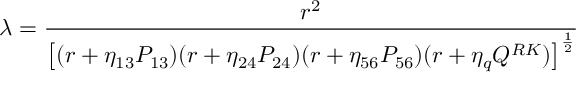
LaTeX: { \lambda = { \frac { r ^ { 2 } } { \left[ ( r + \eta _ { 1 3 } P _ { 1 3 } ) ( r + \eta _ { 2 4 } P _ { 2 4 } ) ( r + \eta _ { 5 6 } P _ { 5 6 } ) ( r + \eta _ { q } Q ^ { R K } ) \right] ^ { \frac { 1 } { 2 } } } } }